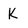
Character: K